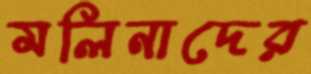
মলিনাদের